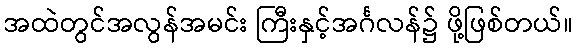
အထဲတွင်အလွန်အမင်း ကြီးနှင့်အင်္ဂလန်၌ ဖို့ဖြစ်တယ်။